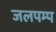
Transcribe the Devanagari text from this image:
जलपम्प